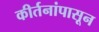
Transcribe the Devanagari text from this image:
कीर्तनांपासून